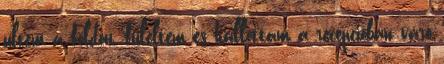
ültem a földön, füleltem és hallottam a recepcióban váró